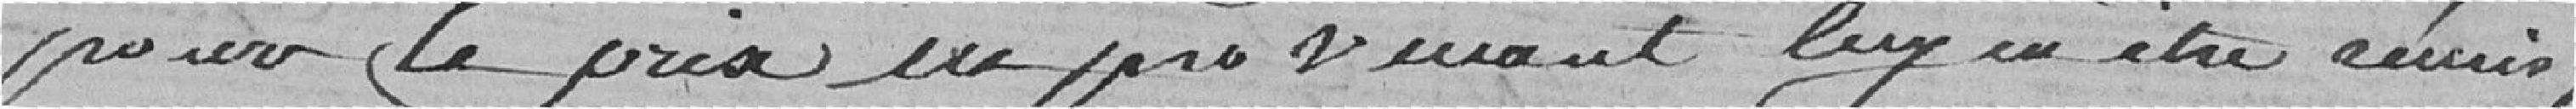
pour le prix en provenant lui en être remis,